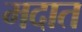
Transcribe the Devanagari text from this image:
मदात